65_HS1-834228961_62-HQ-83894_Section_4
Agency: FBI
Page 129
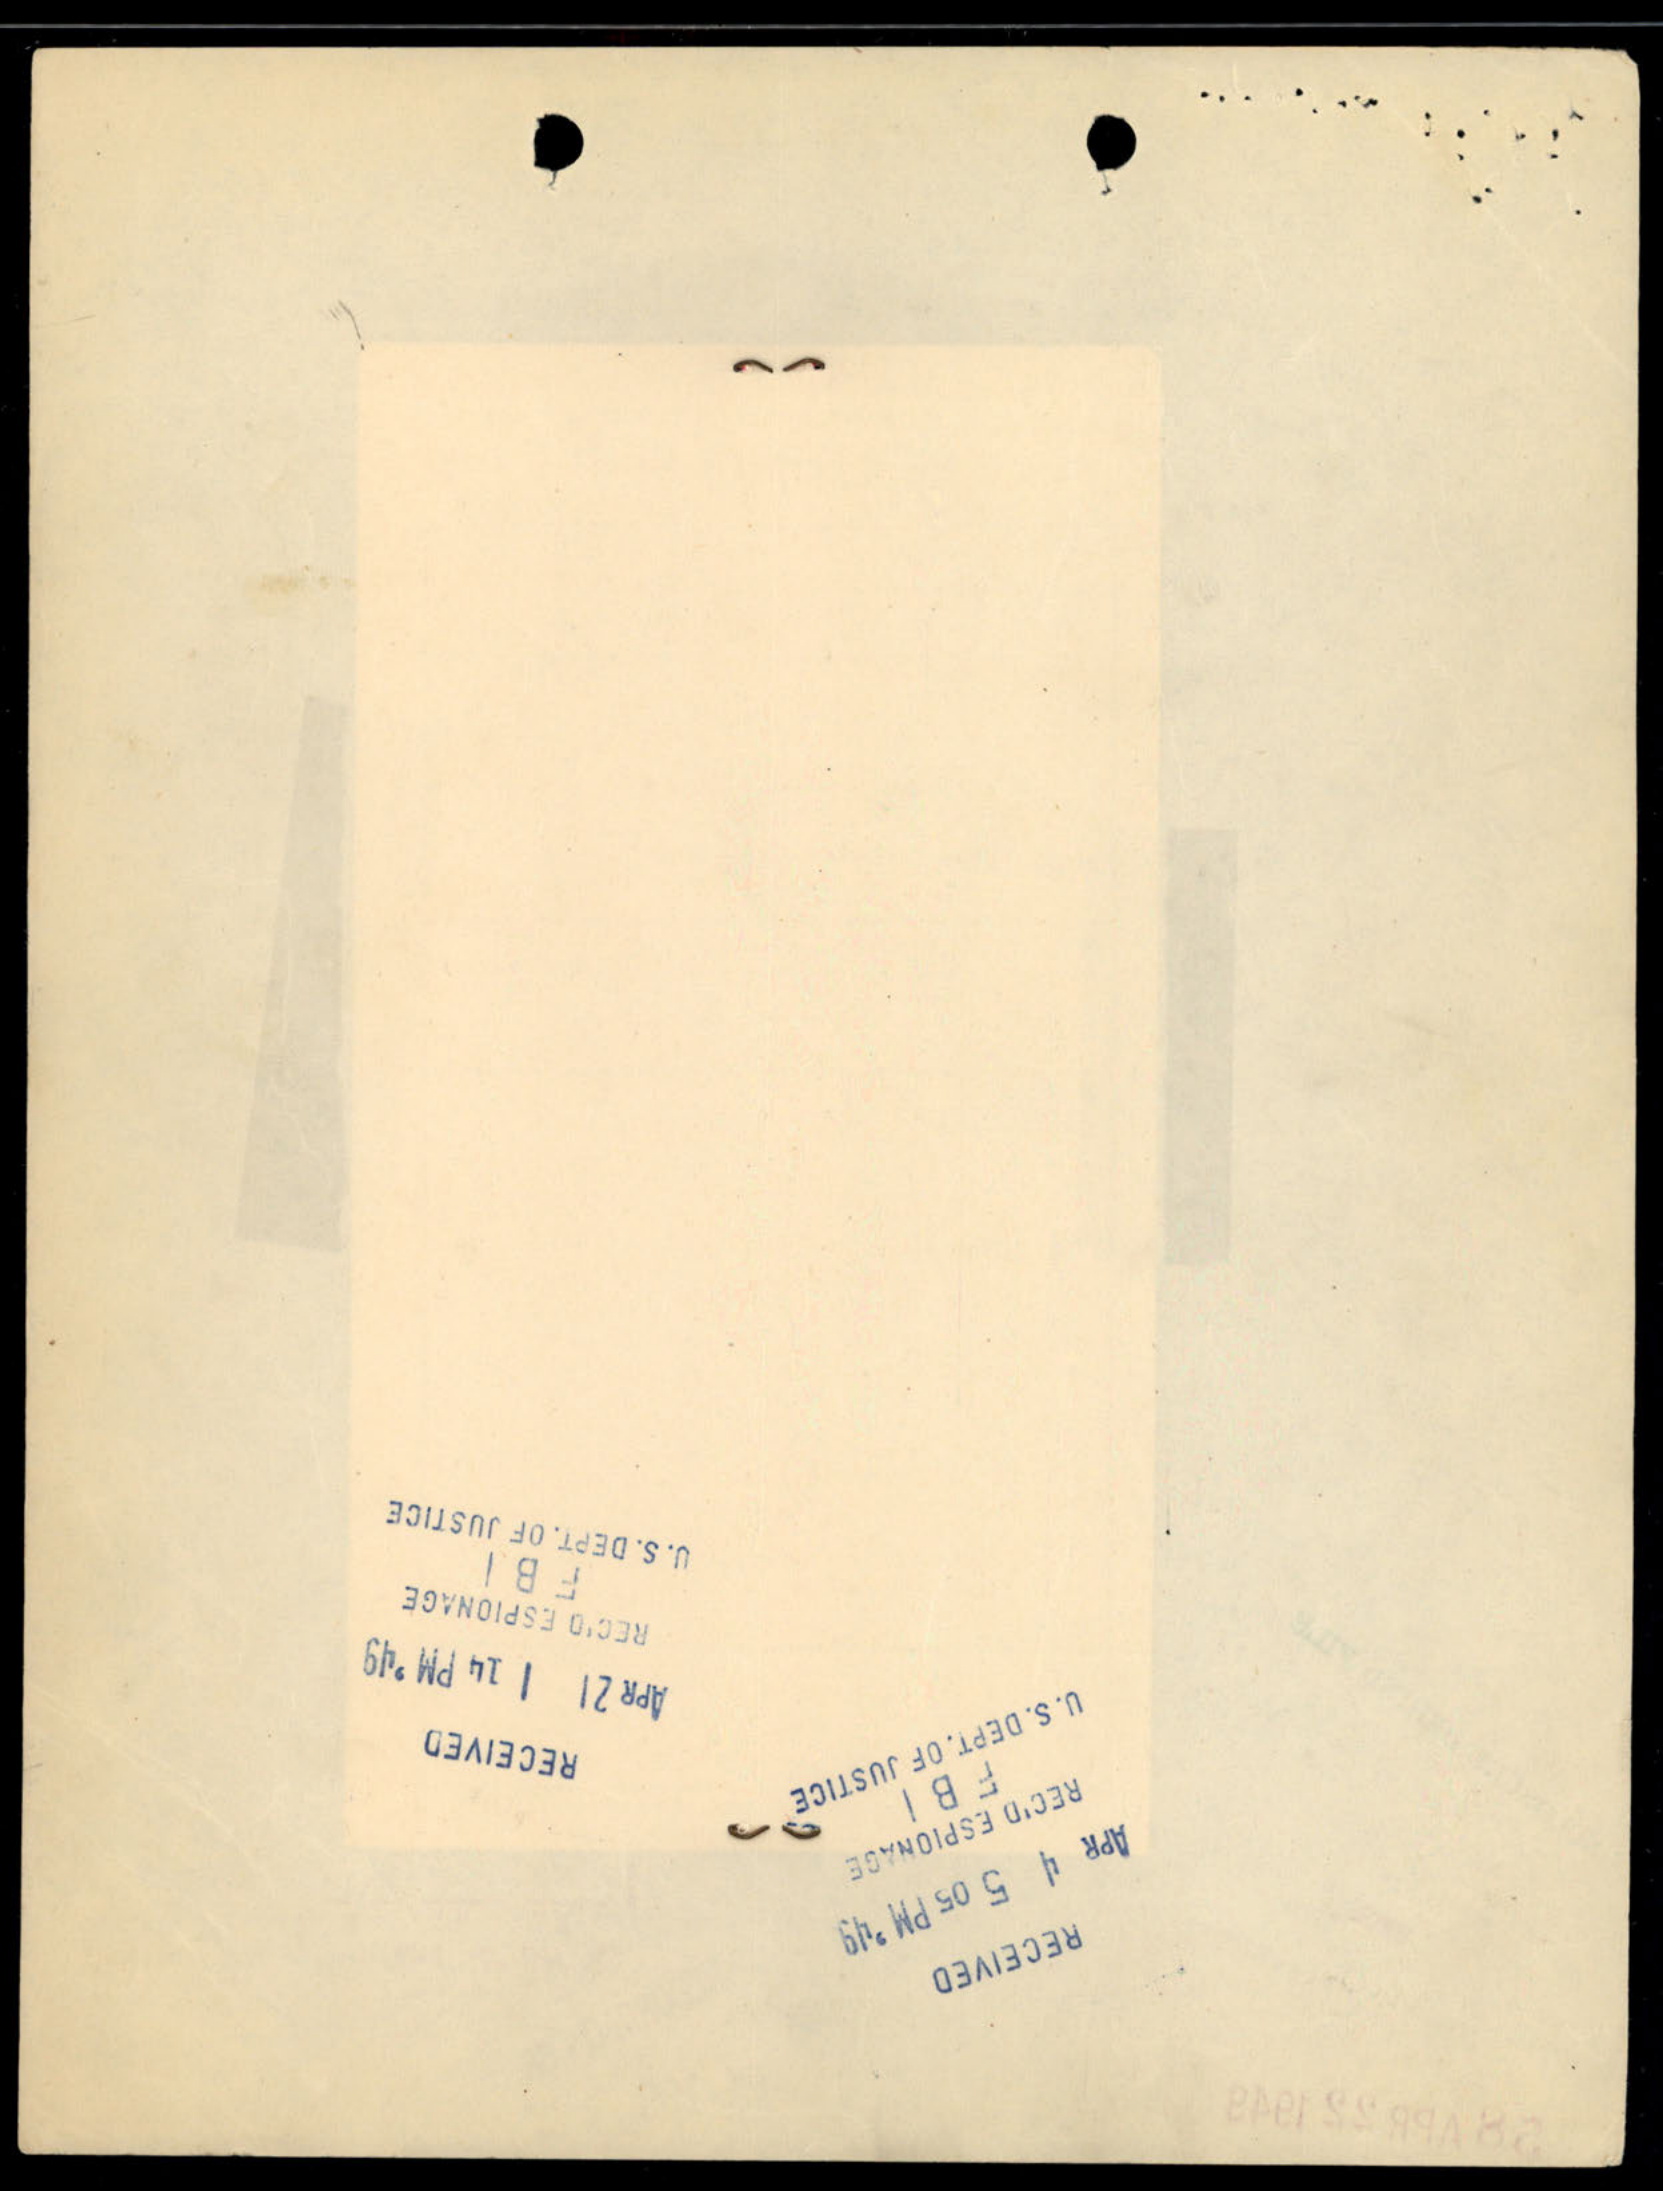